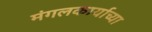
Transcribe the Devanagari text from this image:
मंगलकार्याच्या